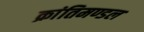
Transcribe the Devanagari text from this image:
क्रांतिमण्डल